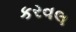
કરવલ